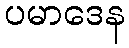
ပမာဒေန